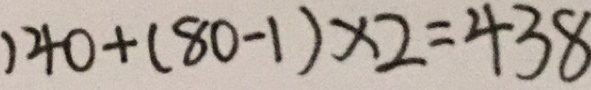
1 4 0 + ( 8 0 - 1 ) \times 2 = 4 3 8